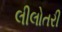
લીલોતરી